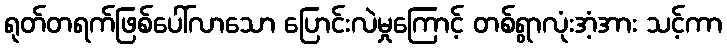
ရုတ်တရက်ဖြစ်ပေါ်လာသော ပြောင်းလဲမှုကြောင့် တစ်ရွာလုံးအံ့အား သင့်ကာ